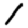
Digit: 1